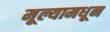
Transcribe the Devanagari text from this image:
मूल्यामधून